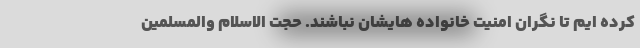
کرده ایم تا نگران امنیت خانواده هایشان نباشند. حجت الاسلام والمسلمین